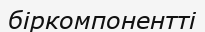
біркомпонентті